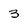
Character: 3